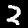
Digit: 2